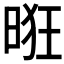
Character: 𰖌